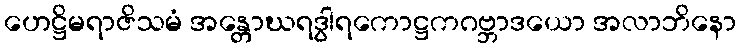
ဟေဋ္ဌိမရာဇိသမံ အန္တောဃရဒွါရကောဋ္ဌကဂဗ္ဘာဒယော အလာဘိနော